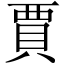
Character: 賈